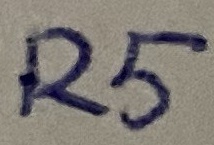
Text: R5